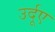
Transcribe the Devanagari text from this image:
उर्दूए